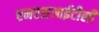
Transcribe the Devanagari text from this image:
एमएसआईटीसी